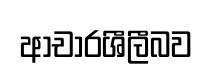
ආචාරශීලීබව